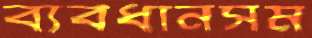
ব্যবধানসম